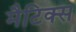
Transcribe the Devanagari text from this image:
मैटिक्स